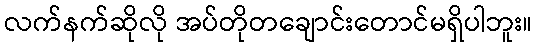
လက်နက်ဆိုလို အပ်တိုတချောင်းတောင်မရှိပါဘူး။